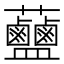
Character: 𧆗